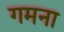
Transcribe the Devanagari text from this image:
गमना